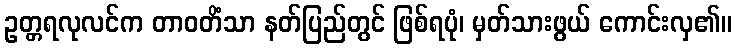
ဥတ္တရလုလင်က တာဝတိံသာ နတ်ပြည်တွင် ဖြစ်ရပုံ၊ မှတ်သားဖွယ် ကောင်းလှ၏။